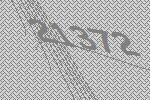
21372